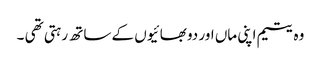
وہ یتیم اپنی ماں اور دو بھائیوں کے ساتھ رہتی تھی ۔